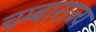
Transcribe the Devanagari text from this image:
चम्बाराज्य